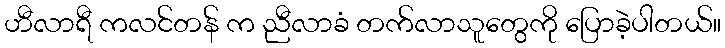
ဟီလာရီ ကလင်တန် က ညီလာခံ တက်လာသူတွေကို ပြောခဲ့ပါတယ်။